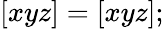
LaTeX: [xyz]=[xyz];